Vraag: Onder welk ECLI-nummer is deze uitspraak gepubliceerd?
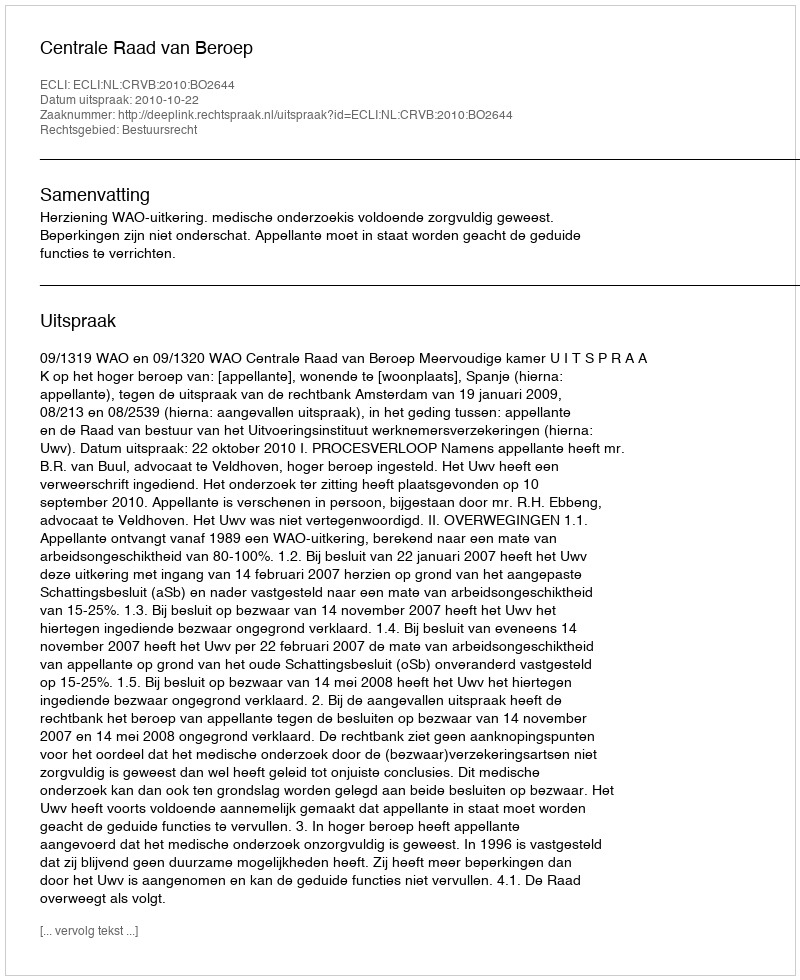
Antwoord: ECLI:NL:CRVB:2010:BO2644